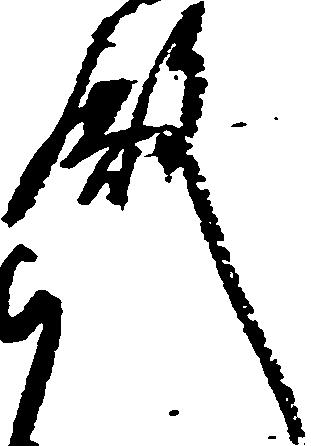
殿